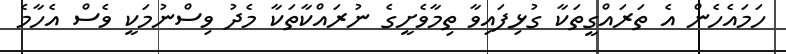
ހަމައެހެން އެ ތަރައްގީތަކާ ގުޅިފައިވާ ތިމާވެށީގެ ނުރައްކާތަކާ މެދު ވިސްނުމަކީ ވެސް އެހާމެ